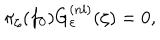
LaTeX: \pi _ { \zeta } ( f _ { 0 } ) G _ { \varepsilon } ^ { ( n l ) } ( \zeta ) = 0 ,